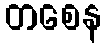
တစေန